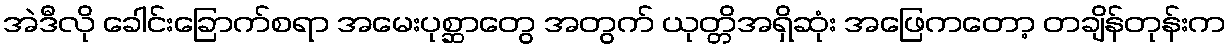
အဲဒီလို ခေါင်းခြောက်စရာ အမေးပုစ္ဆာတွေ အတွက် ယုတ္တိအရှိဆုံး အဖြေကတော့ တချိန်တုန်းက